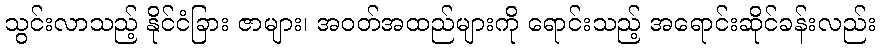
သွင်းလာသည့် နိုင်ငံခြား ဇာများ၊ အဝတ်အထည်များကို ရောင်းသည့် အရောင်းဆိုင်ခန်းလည်း